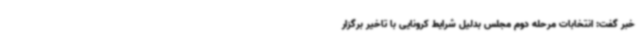
خبر گفت: انتخابات مرحله دوم مجلس بدلیل شرایط کرونایی با تاخیر برگزار